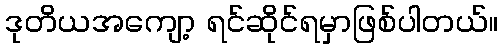
ဒုတိယအကျော့ ရင်ဆိုင်ရမှာဖြစ်ပါတယ်။